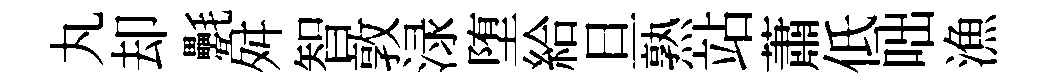
丸却氎舛智敦渌堕給旦熟站蕭低咄漁